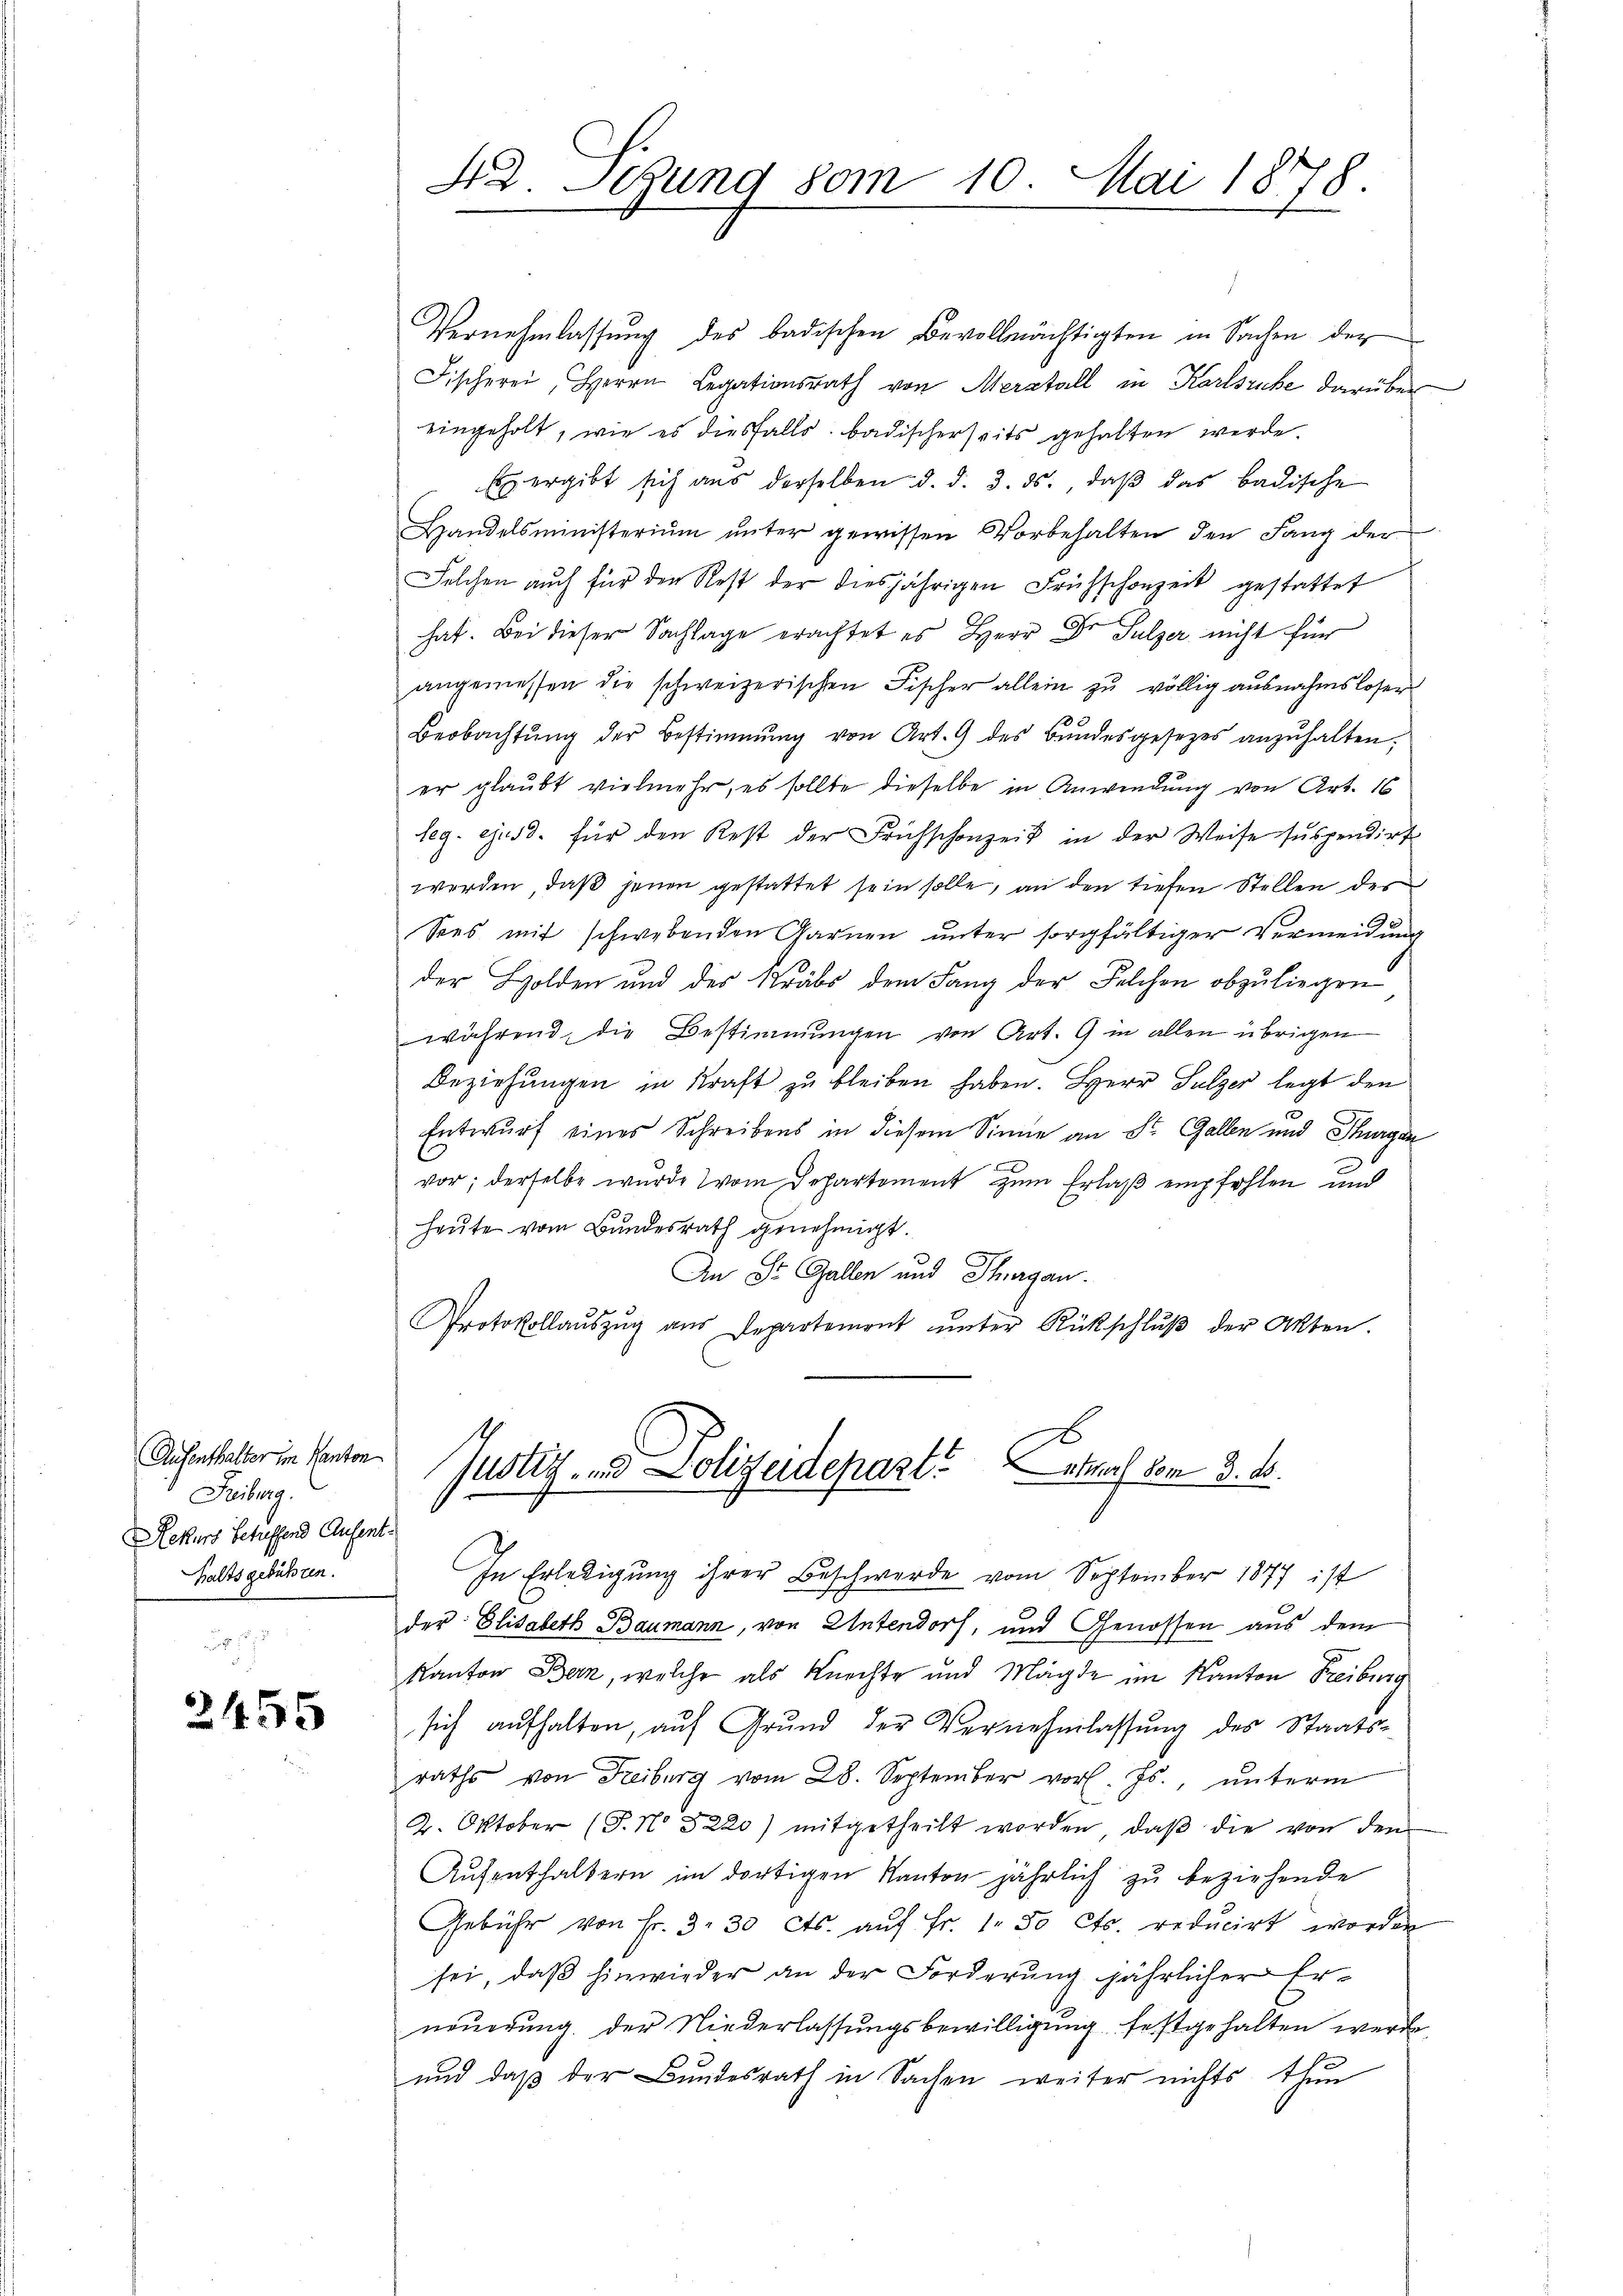
Aufenthalter im Kanton
Freiburg.
Rekurs Scheffend Aufenthaltsgebühren.

2455

Vernehmlassŭng des badischen Bevollmächtigten in Sachen der
Fischerei, Herrn Legationsrath von Merstall in Karlsruhe darüber
eingeholt, wie es diesfalls badischerseits gehalten werde.
Ex ergibt sich aus derselben d. d. 3. ds., daβ das badische
Handelsministeriŭm ŭnter gewissen Vorbehalten den Lang der
Felchen auch für den Rest der diesjährigen Frühschanzeit gestattet
hat. Bei dieser Sachlage erachtet es Herr Dr. Sulzer nicht für
angemessen die schweizerischen Fischer allein zu völlig ausnahmsloser
3
Beobachtŭng der Bestimmung von Art. 9 des Bundesgesetzes anzŭhalten,
er glaubt vielmehr, es sollte dieselbe in Anwendung von Art. 16
leg. ejusd. für den Rest der Frühschanzeit in der Weise suspendirt
werden, daß jenen gestattet sein solle, an den tiefen Stellen des
Sees mit schwebenden Garnen unter sorgfältiger Vermeidung
der Holden und der Sträbs dem Fang der Selchen abzuliegen
während, die Bestimmungen von Art. 9 in allen übrigen
Beziehungen in Kraft zu bleiben haben. Herr Sulzer legt den
Entwurf eines Schreibens in diesem Sinne an St. Gallen und Thurgan
n
vor; derselbe wurde vom Departement zum Erlaß empfohlen und
heute vom Bundesrath genehmigt.
An St. Gallen und Thurgau.
Protokollaŭszŭg aŭs Departement ŭnter Rückschlŭβ der Akten.

42. Segung vom 10. Mai 1878.

Justiz- und Polizeidepart etwas vom 3. ds.

In Erledigung ihrer Beschwerde vom September 1877 ist
der Elisabeth Baumann, von Untendorf, und Genossen aus dem
Kanton Bern, welche als Knechte und Mägde im Kanton Freiburg
sich aufhalten, auf Grund der Vernehmlassung des Staatsraths von Freiburg vom 28. September vor. Js., unterm
2. Oktober (T. No 3220) mitgetheilt worden, daβ die von den
Aŭfenthaltern im dortigen Kanton jährlich zu beziehende
Gebühr von Fr. 3. 30 Cts. aŭf Fr. 1. 50 Cts. reducirt worden
sei, daβ hinwieder an der Forderung jährlicher Erneuerung der Niederlassungsbewilligung festgehalten werde,
und daß der Bundesrath in Sachen weiter nichts thun